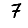
Digit: 7